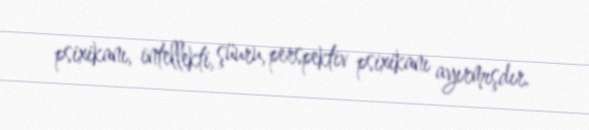
psixikanı, intellekti, şüuru, perspektiv psixikanı ayırmışdır.